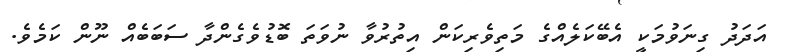
އަދަދު ގިނަވުމަކީ އެބޭކަލެއްގެ މަތިވެރިކަން އިތުރުވާ ނުވަތަ ބޮޑުވެގެންދާ ސަބަބެއް ނޫން ކަމެވެ.